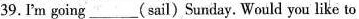
39.I'm going ___ ( sail)Sunday. Would you like to